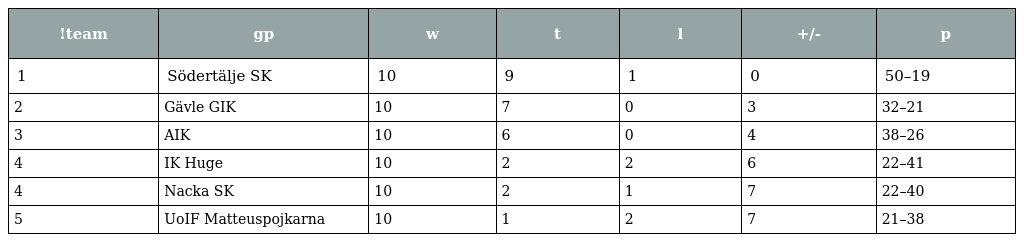
| !team | gp | w | t | l | +/- | p |
 | --- | --- | --- | --- | --- | --- | --- |
 | 1 | Södertälje SK | 10 | 9 | 1 | 0 | 50–19 |
 | 2 | Gävle GIK | 10 | 7 | 0 | 3 | 32–21 |
 | 3 | AIK | 10 | 6 | 0 | 4 | 38–26 |
 | 4 | IK Huge | 10 | 2 | 2 | 6 | 22–41 |
 | 4 | Nacka SK | 10 | 2 | 1 | 7 | 22–40 |
 | 5 | UoIF Matteuspojkarna | 10 | 1 | 2 | 7 | 21–38 |